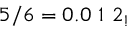
5 / 6 = 0 . 0 \ 1 \ 2 _ { ! }